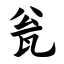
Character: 瓮